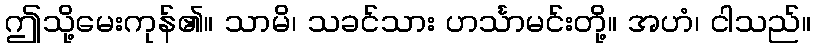
ဤသို့မေးကုန်၏။ သာမိ၊ သခင်သား ဟင်္သာမင်းတို့။ အဟံ၊ ငါသည်။